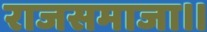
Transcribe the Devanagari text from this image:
राजसमाजा।।